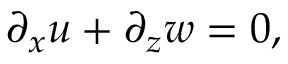
\partial _ { x } u + \partial _ { z } w = 0 ,